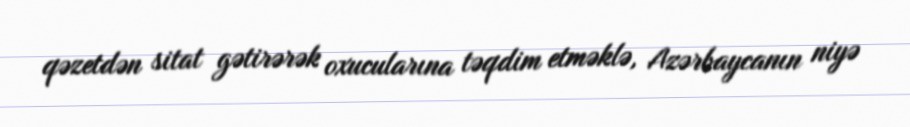
qəzetdən sitat gətirərək oxucularına təqdim etməklə, Azərbaycanın niyə